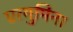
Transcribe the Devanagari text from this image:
एत्‍युमिना